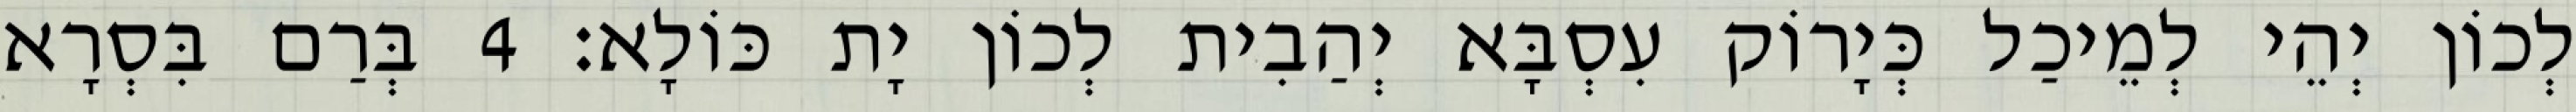
לְכוֹן יְהֵי לְמֵיכַל כְּיָרוֹק עִסְבָּא יְהַבִית לְכוֹן יָת כּוֹלָא׃ 4 בְּרַם בִּסְרָא